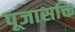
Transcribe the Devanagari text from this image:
पूजासक्ति